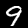
Digit: 9